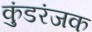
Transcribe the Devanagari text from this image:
कुंडरंजक